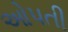
ઓપતી